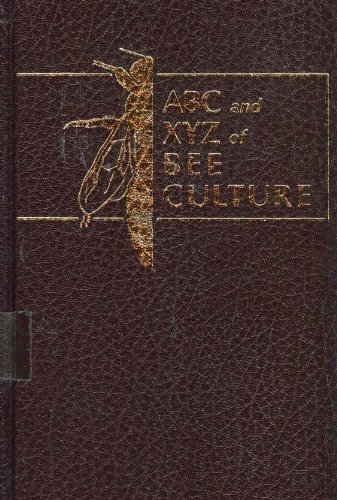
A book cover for The ABC and Xyz of Bee Culture: An Encyclopedia of Beekeeping; Roger Morse; Reference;